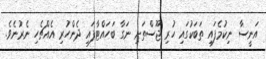
އަނީސާ ނިކުމެފައި ތަބަކުގައި ހުރި ޖޫސްތަށި ނަގާ ބަހައްޓާފައި ދެންހުރި އެއްޗެހި ނެރުނެވެ.